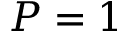
P = 1